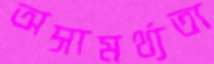
অসামর্থ্যতা